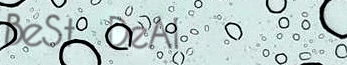
BeSt DeAl